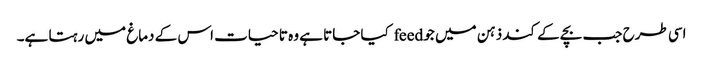
اسی طرح جب بچے کے کند ذہن میں جو feed کیا جاتا ہے وہ تا حیات اس کے دماغ میں رہتا ہے۔